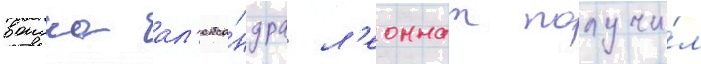
воиска ал'екса́ндра л'еоннат получи́л